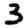
Digit: 3